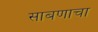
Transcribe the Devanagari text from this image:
साबणाचा